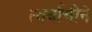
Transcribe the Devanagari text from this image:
त्वर्वाचीने